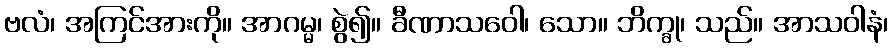
ဗလံ၊ အကြင်အားကို။ အာဂမ္မ၊ စွဲ၍။ ခီဏာသဝေါ၊ သော။ ဘိက္ခု၊ သည်။ အာသဝါနံ၊